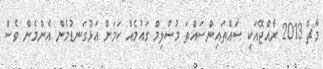
މާޗް 2013 ރާއްޖޭއަކީ ސައްތައިންސައްތަ މުސްލިމް ގައުމެއް ކަމަށް އަޅުގަނޑުމެން އެންމެން ވެސް